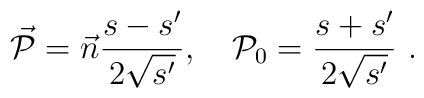
\vec{\cal P}=\vec{n}\frac{s-s'}{2\sqrt{s'}},\quad {\cal P}_{0}=\frac{s+s'}{2\sqrt{s'}}\ .